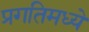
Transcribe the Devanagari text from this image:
प्रगतिमध्ये